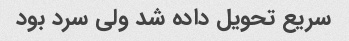
سریع تحویل داده شد ولی سرد بود